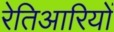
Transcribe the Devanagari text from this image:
रेतिआरियों